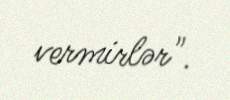
vermirlər".